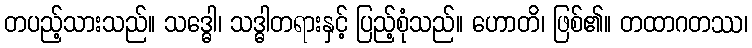
တပည့်သားသည်။ သဒ္ဓေါ၊ သဒ္ဓါတရားနှင့် ပြည့်စုံသည်။ ဟောတိ၊ ဖြစ်၏။ တထာဂတဿ၊